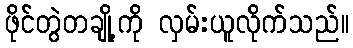
ဖိုင်တွဲတချို့ကို လှမ်းယူလိုက်သည်။